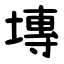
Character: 塼